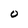
Character: O